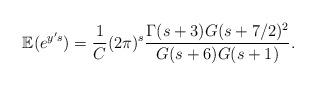
LaTeX: \begin{align*}\mathbb{E}(e^{y's}) = \frac{1}{C}(2\pi)^{s}\frac{\Gamma(s+3)G(s+7/2)^{2}}{G(s+6)G(s+1)}. \end{align*}